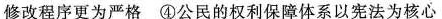
修改程序更为严格④公民的权利保障体系以宪法为核心